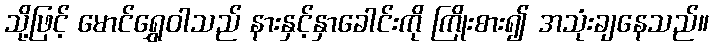
သို့ဖြင့် မောင်ရွှေဝါသည် နားနှင့်နှာခေါင်းကို ကြိုးစား၍ အသုံးချနေသည်။